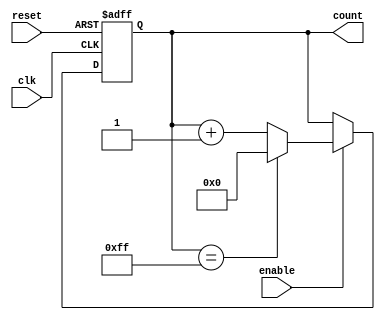
module Parameterized_Counter #(
    parameter WIDTH = 8  // Default width of the counter
) (
    input wire clk,      // Clock signal
    input wire reset,    // Asynchronous reset signal
    input wire enable,    // Enable signal to increment the counter
    output reg [WIDTH-1:0] count // Counter output
);

// Counter behavior
always @(posedge clk or posedge reset) begin
    if (reset) begin
        count <= 0; // Reset counter to 0
    end else if (enable) begin
        if (count == (2**WIDTH - 1)) begin
            count <= 0; // Wrap around to 0 if max value is reached
        end else begin
            count <= count + 1; // Increment the counter
        end
    end
    // If enable is low, the counter retains its value
end

endmodule